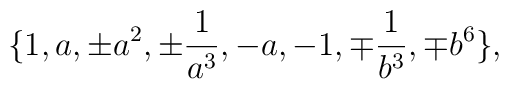
\{ 1, a ,\pm a^2 , \pm \frac{1}{a^3}, - a, -1 , \mp \frac{1}{b^3}, \mp b^6 \},